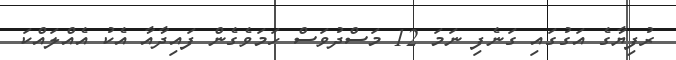
ރުފިޔާގެ އަގުގައި ގަނެފި ނަމަ 12 މަސްދުވަސް ހަމަވެގެން ފައިދާއާ އެކު އެއްލައްކަ